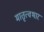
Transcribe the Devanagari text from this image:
मातृत्वभार